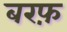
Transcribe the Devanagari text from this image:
बरफ़